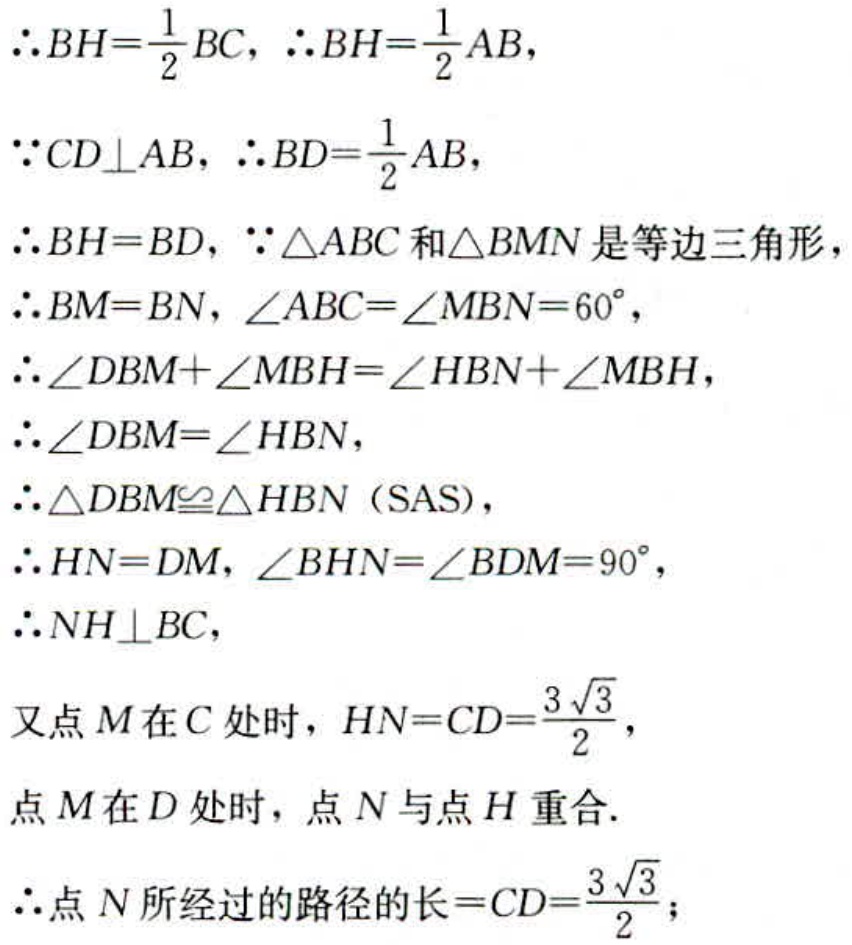
\(\therefore BH = \frac{1}{2}BC, \therefore BH=\frac{1}{2}AB,\)
\(\because CD\perp AB, \therefore BD = \frac{1}{2}AB,\)
\(\therefore BH = BD, \because \triangle ABC\text{ 和 }\triangle BMN\text{ 是等边三角形},\)
\(\therefore BM = BN, \angle ABC=\angle MBN = 60^{\circ},\)
\(\therefore \angle DBM+\angle MBH=\angle HBN+\angle MBH,\)
\(\therefore \angle DBM=\angle HBN,\)
\(\therefore \triangle DBM\cong\triangle HBN\text{ (SAS)},\)
\(\therefore HN = DM, \angle BHN=\angle BDM = 90^{\circ},\)
\(\therefore NH\perp BC,\)
\(又点 M 在 C 处时, HN = CD=\frac{3\sqrt{3}}{2},\)
\(点 M 在 D 处时, 点 N 与点 H 重合.\)
\(\therefore 点 N 所经过的路径的长 = CD=\frac{3\sqrt{3}}{2};\)